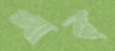
শার্